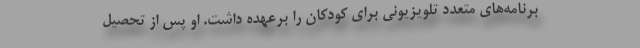
برنامه‌های متعدد تلویزیونی برای کودکان را برعهده داشت. او پس از تحصیل